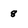
Character: 8